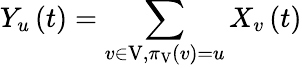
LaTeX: Y_{u}\left(t\right)=\sum_{v\in\mathrm{V},\pi_{\mathrm{V}}\left(v\right)=u}X_{v}\left(t\right)